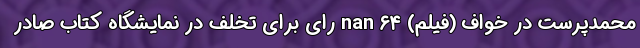
محمدپرست در خواف (فیلم) nan ۶۴ رای برای تخلف در نمایشگاه کتاب صادر